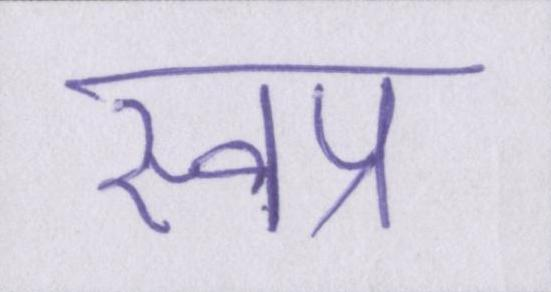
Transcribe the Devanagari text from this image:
स्वप्न